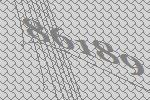
86189